Civil Veterinary Department. Madras. Admin. report 1926-33 - 1926-1933
Year: 1926
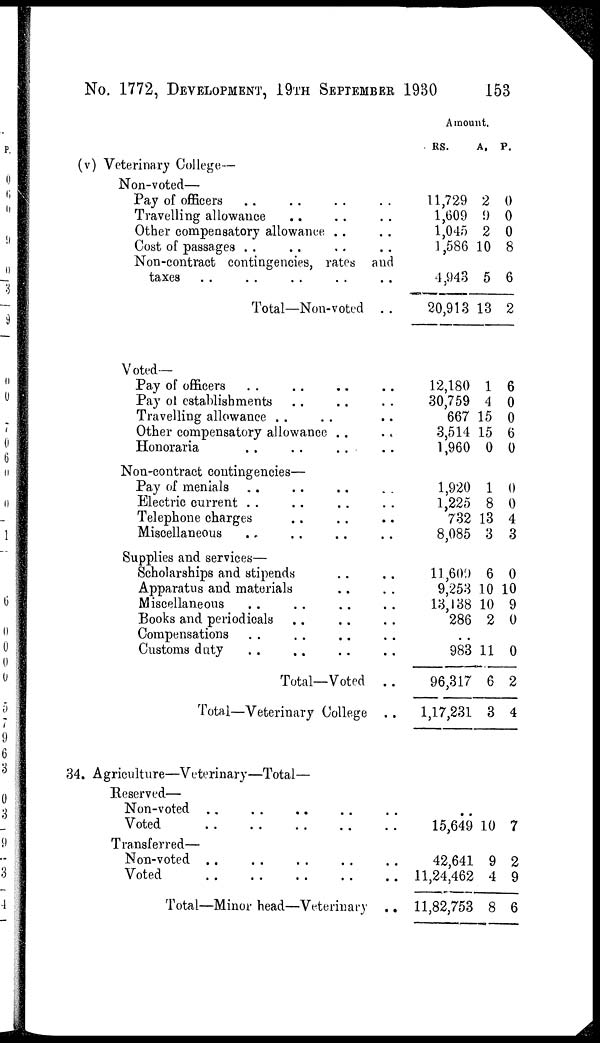
No. 1772, DEVELOPMENT, 19TH SEPTEMBER 1930 153
(v) Veterinary College—
Non-voted—
Pay of officers .. .. .. ..
Travelling allowance .. .. .. ..
Other compensatory allowance .. ..
Cost of passages .. .. .. ..
Non-contract contingencies, rates and
taxes .. .. .. .. ..
Total—Non-voted . .
Amount.
RS.
A. P .
11,729
1,609
1,045
1,586
4,943
20,913
2
9
2
10
5
13
0
0
0
8
6
2
Voted—
Pay of officers .. .. .. ..
Pay of establishments .. .. .. ..
Travelling allowance .. .. .. ..
Other compensatory allowance .. ..
Honoraria .. .. .. ..
Non-contract contingencies—
Pay of menials .. .. .. ..
Electric current .. .. .. ..
Telephone charges .. .. .. ..
Miscellaneous .. .. .. ..
Supplies and services—
Scholarships and stipends .. ..
Apparatus and materials .. .. .. ..
Miscellaneous .. .. .. ..
Books and periodicals .. .. ..
Compensations .. .. .. ..
Customs duty .. .. .. ..
Total—Voted
..
Total—Veterinary College
..
12,180
30,759
667
3,514
1,960
1
4
15
15
0
6
0
0
6
0
1,920
1,225
732
8,085
1
8
13
3
0
0
4
3
11,609
9,253
13,138
286
6
10
10
2
0
10
9
0
..
983
96,317
1,17,231
11
6
3
0
2
4
34. Agriculture—Veterinary—Total—
Reserved—
Non-voted .. .. .. .. ..
Voted
..
..
..
..
..
Transferred—
Non-voted .. .. .. .. ..
Voted
..
..
..
..
..
Total—Minor head—Veterinary
..
..
15,649 10 7
42,641
11,24,462
11,82,753
9
4
8
2
9
6